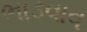
ભાડવાવ